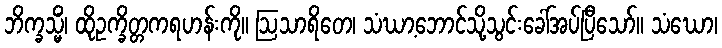
ဘိက္ခသ္မိံ၊ ထိုဥက္ခိတ္တကရဟန်းကို။ ဩသာရိတေ၊ သံဃာ့ဘောင်သို့သွင်းခေါ်အပ်ပြီသော်။ သံဃော၊